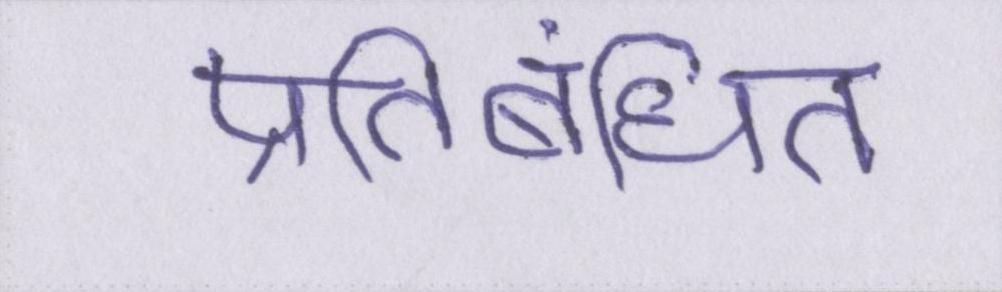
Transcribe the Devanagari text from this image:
प्रतिबंधित